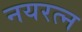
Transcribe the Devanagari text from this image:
नयरत्न